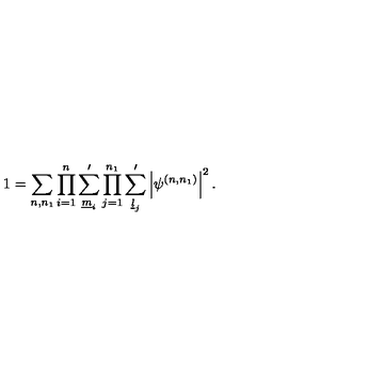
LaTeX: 1 = \sum _ { n , n _ { 1 } } \prod _ { i = 1 } ^ { n } \sum _ { \underline { { m } } _ { i } } ^ { \prime } \prod _ { j = 1 } ^ { n _ { 1 } } \sum _ { \underline { { l } } _ { j } } ^ { \prime } \left| \psi ^ { ( n , n _ { 1 } ) } \right| ^ { 2 } .